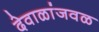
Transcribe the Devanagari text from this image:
देवाळांजवळ